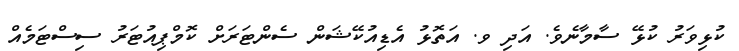
ކުޅިވަރު ކުޅޭ ސާމާނެވެ. އަދި ވ. އަތޮޅު އެޑިއުކޭޝަން ސެންޓަރަށް ކޮމްޕިއުޓަރު ސިސްޓަމެއް